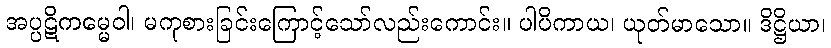
အပ္ပဋိကမ္မေဝါ၊ မကုစားခြင်းကြောင့်သော်လည်းကောင်း။ ပါပိကာယ၊ ယုတ်မာသော။ ဒိဋ္ဌိယာ၊